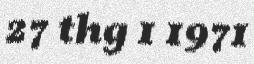
27 thg 1 1971